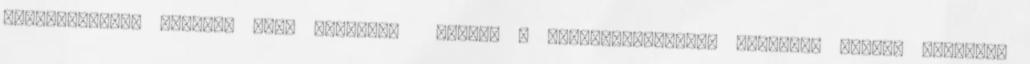
Kijelentkezés Küldjön hírt Budapest Luzern – Pétervári-Molnár Bendegúz kvótát szerzett